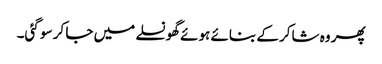
پھر وہ شاکر کے بنائے ہوئے گھونسلے میں جا کر سو گئی۔